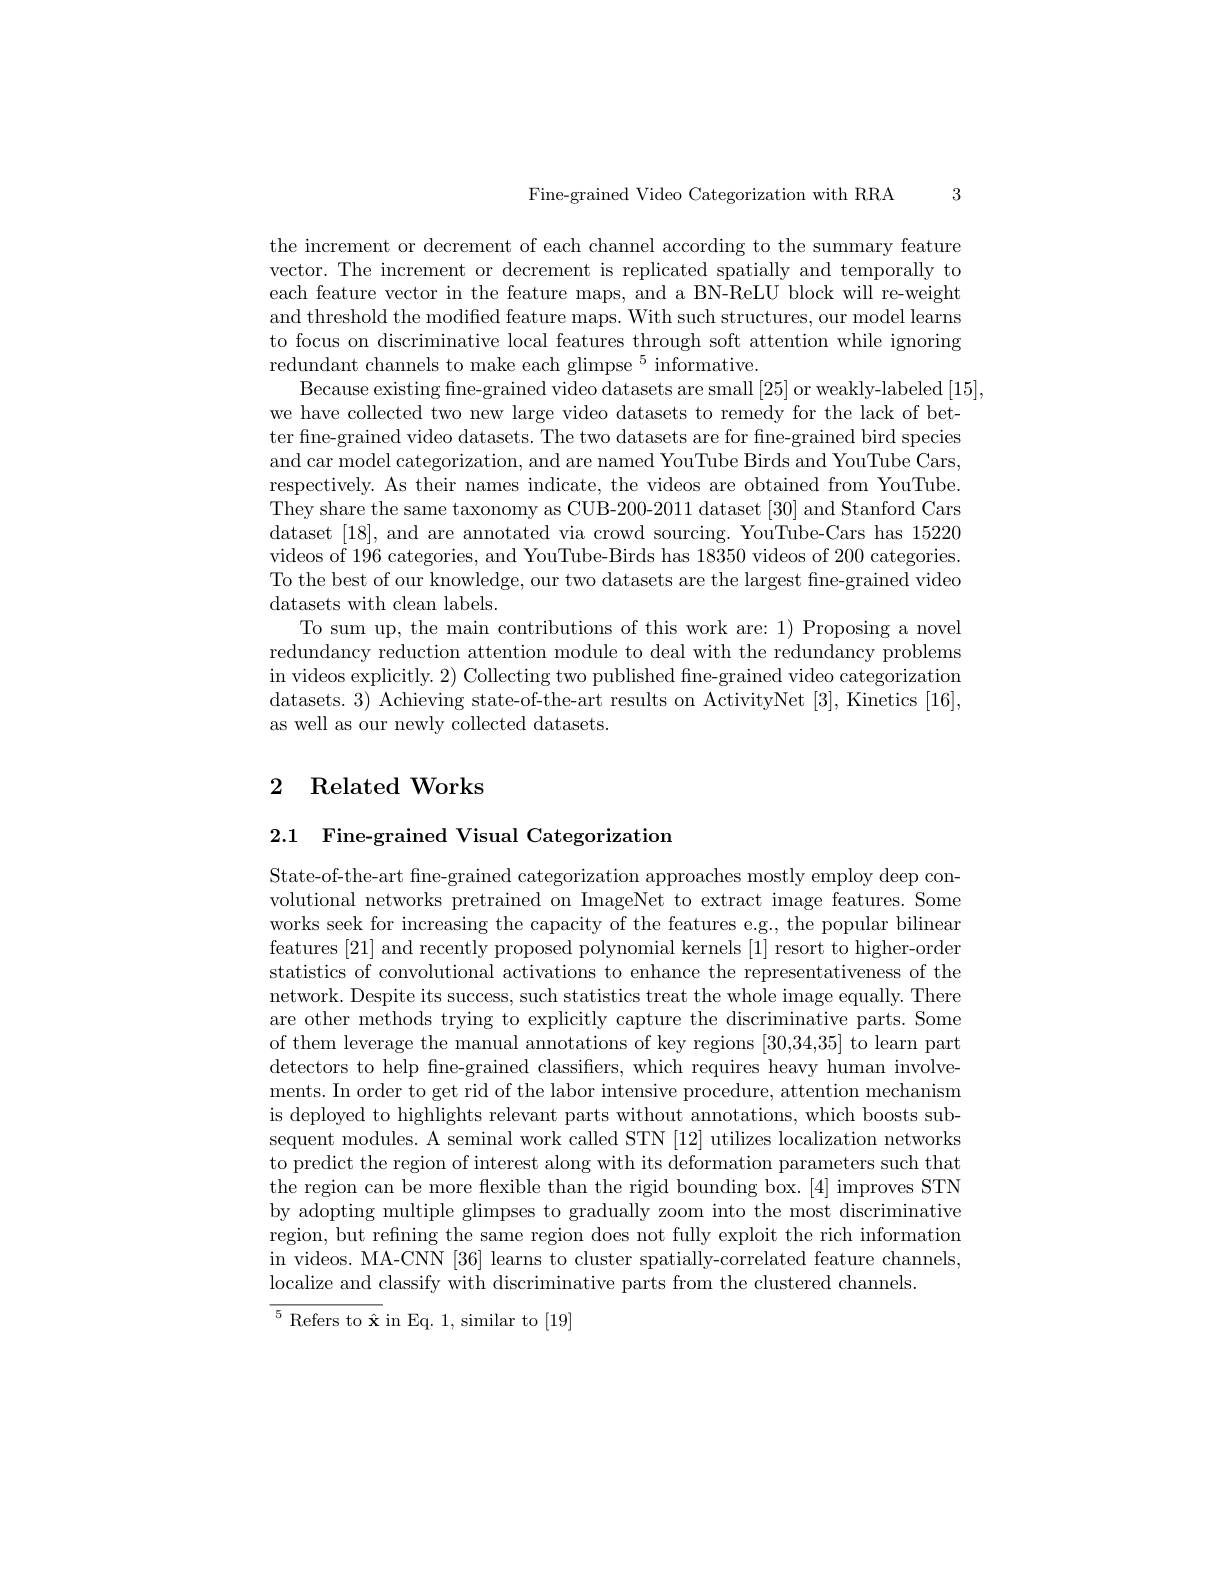
Fine-grained Video Categorization with RRA

3

the increment or decrement of each channel according to the summary feature vector. The increment or decrement is replicated spatially and temporally to each feature vector in the feature maps, and a BN-ReLU block will re-weight and threshold the modified feature maps. With such structures, our model learns to focus on discriminative local features through soft attention while ignoring redundant channels to make each glimpse $^5$informative.
Because existing fine-grained video datasets are small [25] or weakly-labeled [15],
we have collected two new large video datasets to remedy for the lack of better fine-grained video datasets. The two datasets are for fine-grained bird species and car model categorization, and are named YouTube Birds and YouTube Cars, respectively. As their names indicate, the videos are obtained from YouTube. They share the same taxonomy as CUB-200-2011 dataset [30] and Stanford Cars dataset [18], and are annotated via crowd sourcing. YouTube-Cars has 15220 videos of 196 categories, and YouTube-Birds has 18350 videos of 200 categories. To the best of our knowledge, our two datasets are the largest fine-grained video datasets with clean labels.
To sum up, the main contributions of this work are: 1) Proposing a novel redundancy reduction attention module to deal with the redundancy problems in videos explicitly. 2) Collecting two published fne-grained video categorization datasets. 3) Achieving state-of-the-art results on ActivityNet [3], Kinetics [16], as well as our newly collected datasets.

# 2 Related Works

2.1 Fine-grained Visual Categorization

State-of-the-art fine-grained categorization approaches mostly employ deep convolutional networks pretrained on ImageNet to extract image features. Some works seek for increasing the capacity of the features e.g., the popular bilinear features [21] and recently proposed polynomial kernels [1] resort to higher-order statistics of convolutional activations to enhance the representativeness of the network. Despite its success, such statistics treat the whole image equally. There are other methods trying to explicitly capture the discriminative parts. Some of them leverage the manual annotations of key regions [30,34,35] to learn part detectors to help fine-grained classifiers, which requires heavy human involvements. In order to get rid of the labor intensive procedure, attention mechanism is deployed to highlights relevant parts without annotations, which boosts subsequent modules. A seminal work called STN [12] utilizes localization networks to predict the region of interest along with its deformation parameters such that the region can be more flexible than the rigid bounding box. [4] improves STN by adopting multiple glimpses to gradually zoom into the most discriminative region, but refining the same region does not fully exploit the rich information in videos. MA-CNN [36] learns to cluster spatially-correlated feature channels, localize and classify with discriminative parts from the clustered channels.

$\overline{{^5\text{ Refers to \^{x}}}}$in Eq. 1, similar to [19]